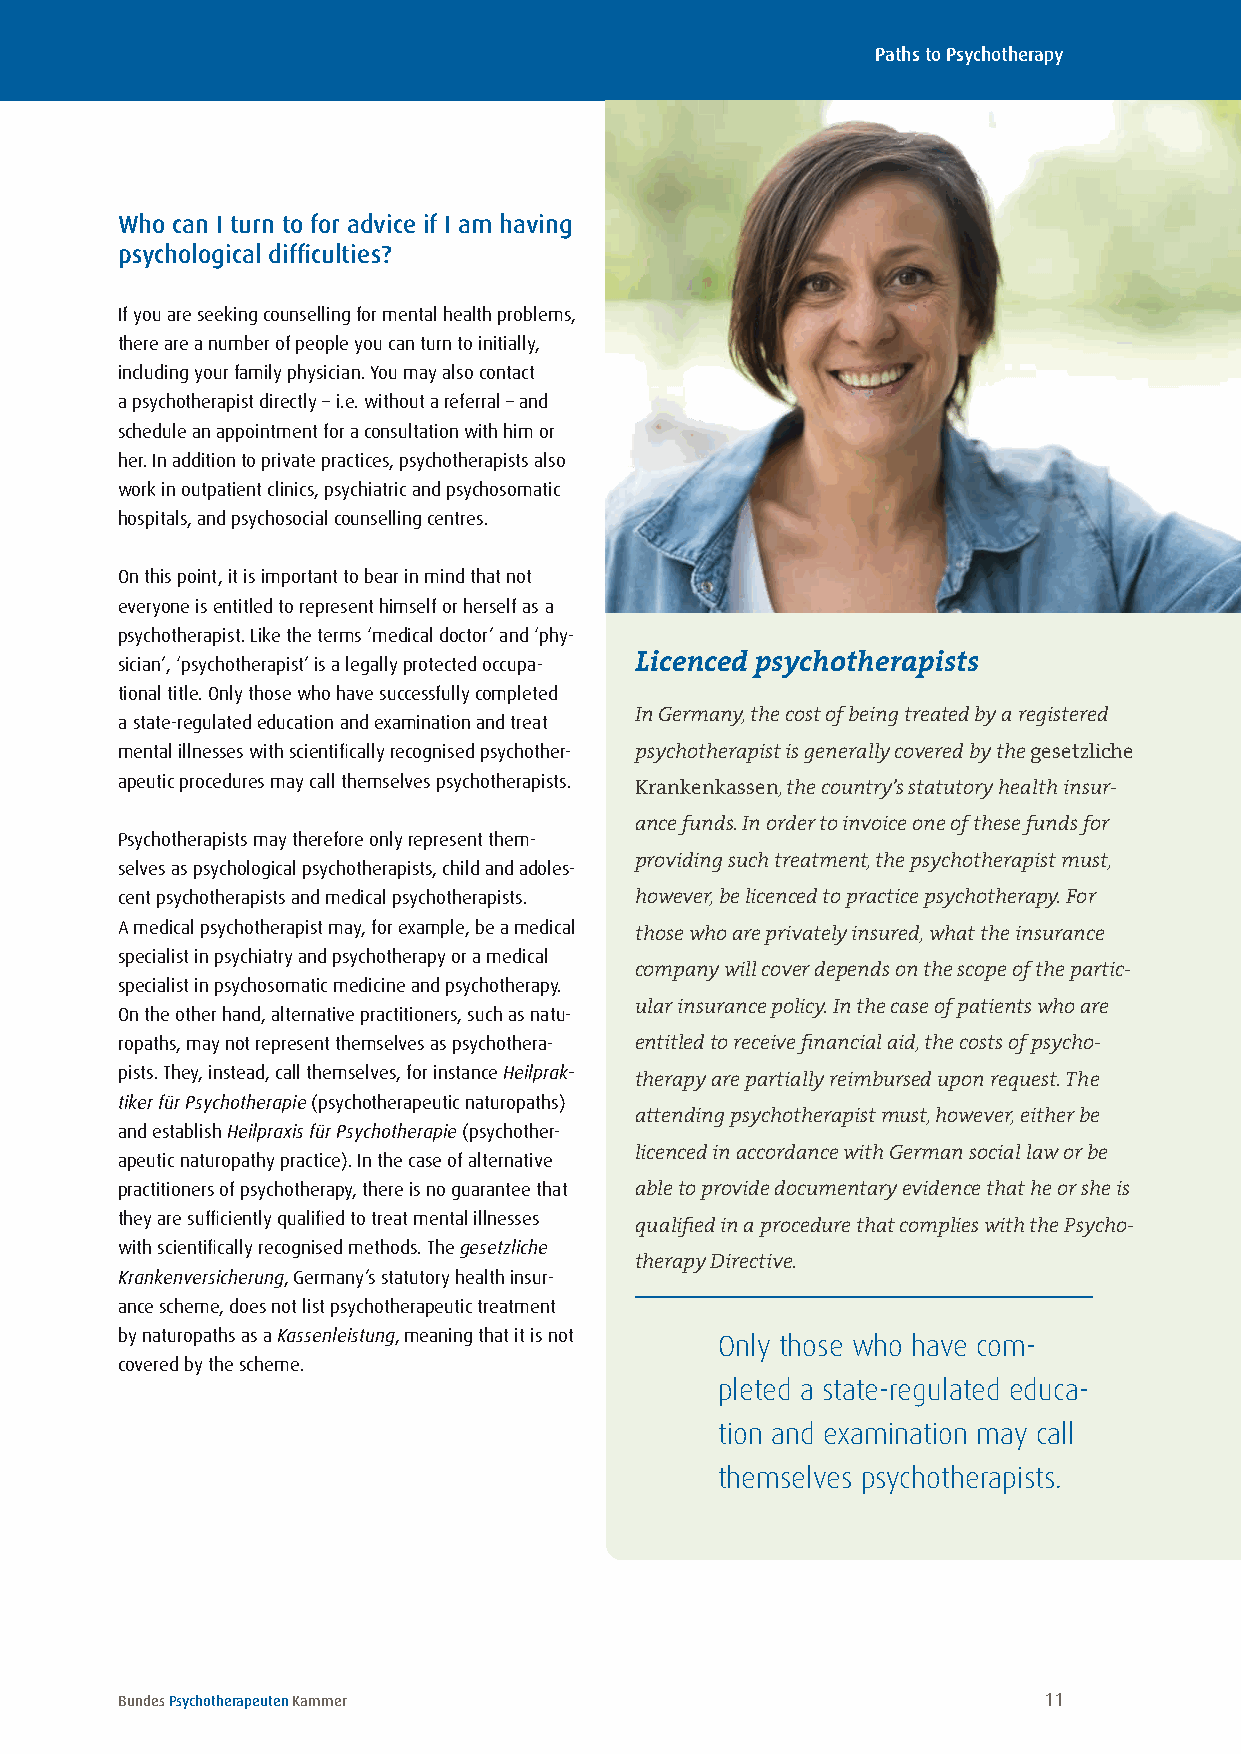
Paths to Psychotherapy
 Who can I turn to for advice if I am having
 psychological difficulties?
 If you are seeking counselling for mental health problems,
 there are a number of people you can turn to initially,
 including your family physician . You may also contact
 a psychotherapist directly – i .e . without a referral – and
 schedule an appointment for a consultation with him or
 her . In addition to private practices, psychotherapists also
 work in outpatient clinics, psychiatric and psychosomatic
 hospitals, and psychosocial counselling centres .
 On this point, it is important to bear in mind that not
 everyone is entitled to represent himself or herself as a
 psychotherapist . Like the terms ‘medical doctor’ and ‘phy-
 sician’, ‘psychotherapist’ is a legally protected occupa- Licenced psychotherapists
 tional title . Only those who have successfully completed
 a state-regulated education and examination and treat In Germany, the cost of being treated by a registered
 mental illnesses with scientifically recognised psychother- psychotherapist is generally covered by the gesetzliche
 apeutic procedures may call themselves psychotherapists .
 Krankenkassen, the country’s statutory health insur-
 ance funds. In order to invoice one of these funds for
 Psychotherapists may therefore only represent them-
 selves as psychological psychotherapists, child and adoles- providing such treatment, the psychotherapist must,
 cent psychotherapists and medical psychotherapists . however, be licenced to practice psychotherapy. For
 A medical psychotherapist may, for example, be a medical
 those who are privately insured, what the insurance
 specialist in psychiatry and psychotherapy or a medical
 company will cover depends on the scope of the partic-
 specialist in psychosomatic medicine and psychotherapy .
 On the other hand, alternative practitioners, such as natu- ular insurance policy. In the case of patients who are
 ropaths, may not represent themselves as psychothera- entitled to receive financial aid, the costs of psycho-
 pists . They, instead, call themselves, for instance Heilprak-
 therapy are partially reimbursed upon request. The
 tiker für Psychotherapie (psychotherapeutic naturopaths)
 attending psychotherapist must, however, either be
 and establish Heilpraxis für Psychotherapie (psychother-
 apeutic naturopathy practice) . In the case of alternative licenced in accordance with German social law or be
 practitioners of psychotherapy, there is no guarantee that able to provide documentary evidence that he or she is
 they are sufficiently qualified to treat mental illnesses
 qualified in a procedure that complies with the Psycho-
 with scientifically recognised methods . The gesetzliche
 therapy Directive.
 Krankenversicherung, Germany’s statutory health insur-
 ance scheme, does not list psychotherapeutic treatment
 by naturopaths as a Kassenleistung, meaning that it is not Only those who have com-
 covered by the scheme .
 pleted a state-regulated educa-
 tion and examination may call
 themselves psychotherapists.
 Bundes Psychotherapeuten Kammer                              11